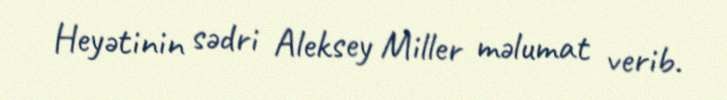
Heyətinin sədri Aleksey Miller məlumat verib.